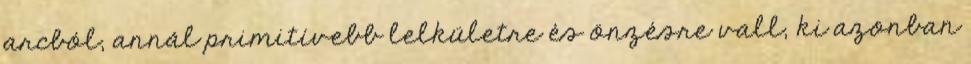
arcból, annál primitívebb lelkületre és önzésre vall, ki azonban